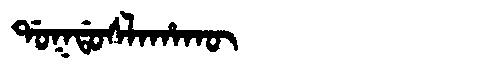
Manchu: ᡩᠣᡴᡩᠣᠰᠯᠠᡥᠠᡴᡡ
Romanization: DOKDOSLAHAKŪ